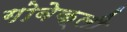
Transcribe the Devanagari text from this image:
गोबेक्ली